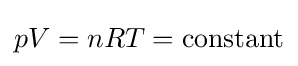
pV=nRT={\text{constant}}